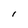
Character: l